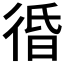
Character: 𰐲